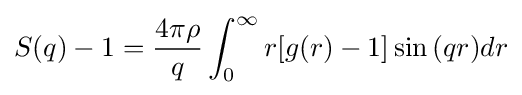
S(q)-1={\frac {4\pi \rho }{q}}\int _{0}^{\infty }r[g(r)-1]\sin {(qr)}{d}r